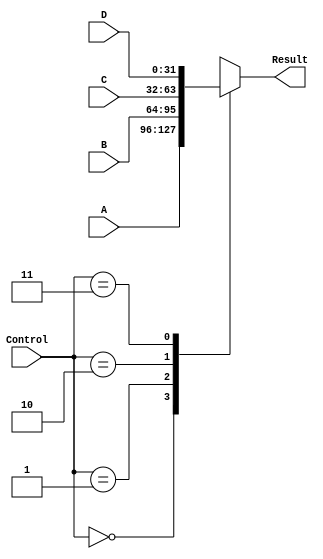
// ???????????
// @param A ??1
// @param B ??2
// @param C ??3
// @param D ??4
// @param Control ??????????
// @param Result ?????
module DataSelector_4to1(A, B, C, D, Control, Result);
  input [31:0] A, B, C, D;
  input [1:0]Control;
  output reg[31:0] Result;
  always @(Control or A or B or C or D) begin
    case(Control)
        2'b00: Result = A;
        2'b01: Result = B;
        2'b10: Result = C;
        2'b11: Result = D;
        default: Result = 0;
     endcase
  end
endmodule